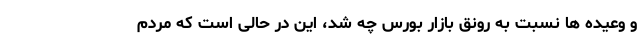
و وعیده ها نسبت به رونق بازار بورس چه شد، این در حالی است که مردم